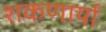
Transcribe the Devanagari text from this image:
शकणार्या